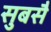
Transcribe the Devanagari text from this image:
सुबसै